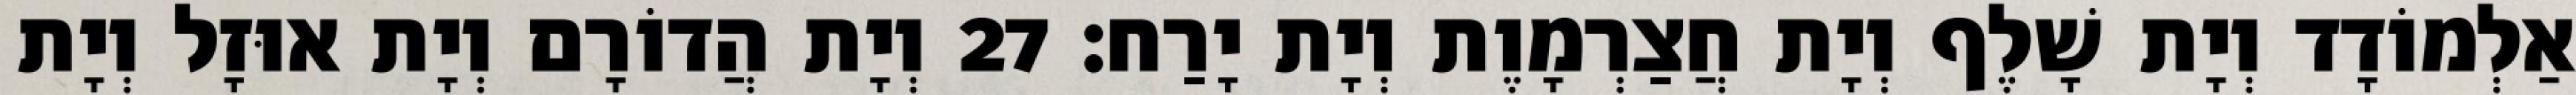
אַלְמוֹדָד וְיָת שָׁלֶף וְיָת חֲצַרְמָוֶת וְיָת יָרַח׃ 27 וְיָת הֲדוֹרָם וְיָת אוּזָל וְיָת